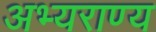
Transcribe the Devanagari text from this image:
अभ्‍यराण्‍य